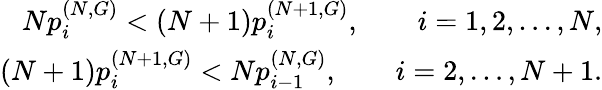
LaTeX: \begin{array}{r}{Np_{i}^{(N,G)}<\left(N+1\right)p_{i}^{(N+1,G)},\qquad i=1,2,\dots,N,}\\ {\left(N+1\right)p_{i}^{(N+1,G)}<Np_{i-1}^{(N,G)},\qquad i=2,\dots,N+1.}\end{array}